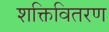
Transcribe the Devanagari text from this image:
शक्तिवितरण